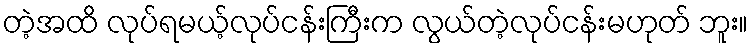
တဲ့အထိ လုပ်ရမယ့်လုပ်ငန်းကြီးက လွယ်တဲ့လုပ်ငန်းမဟုတ် ဘူး။